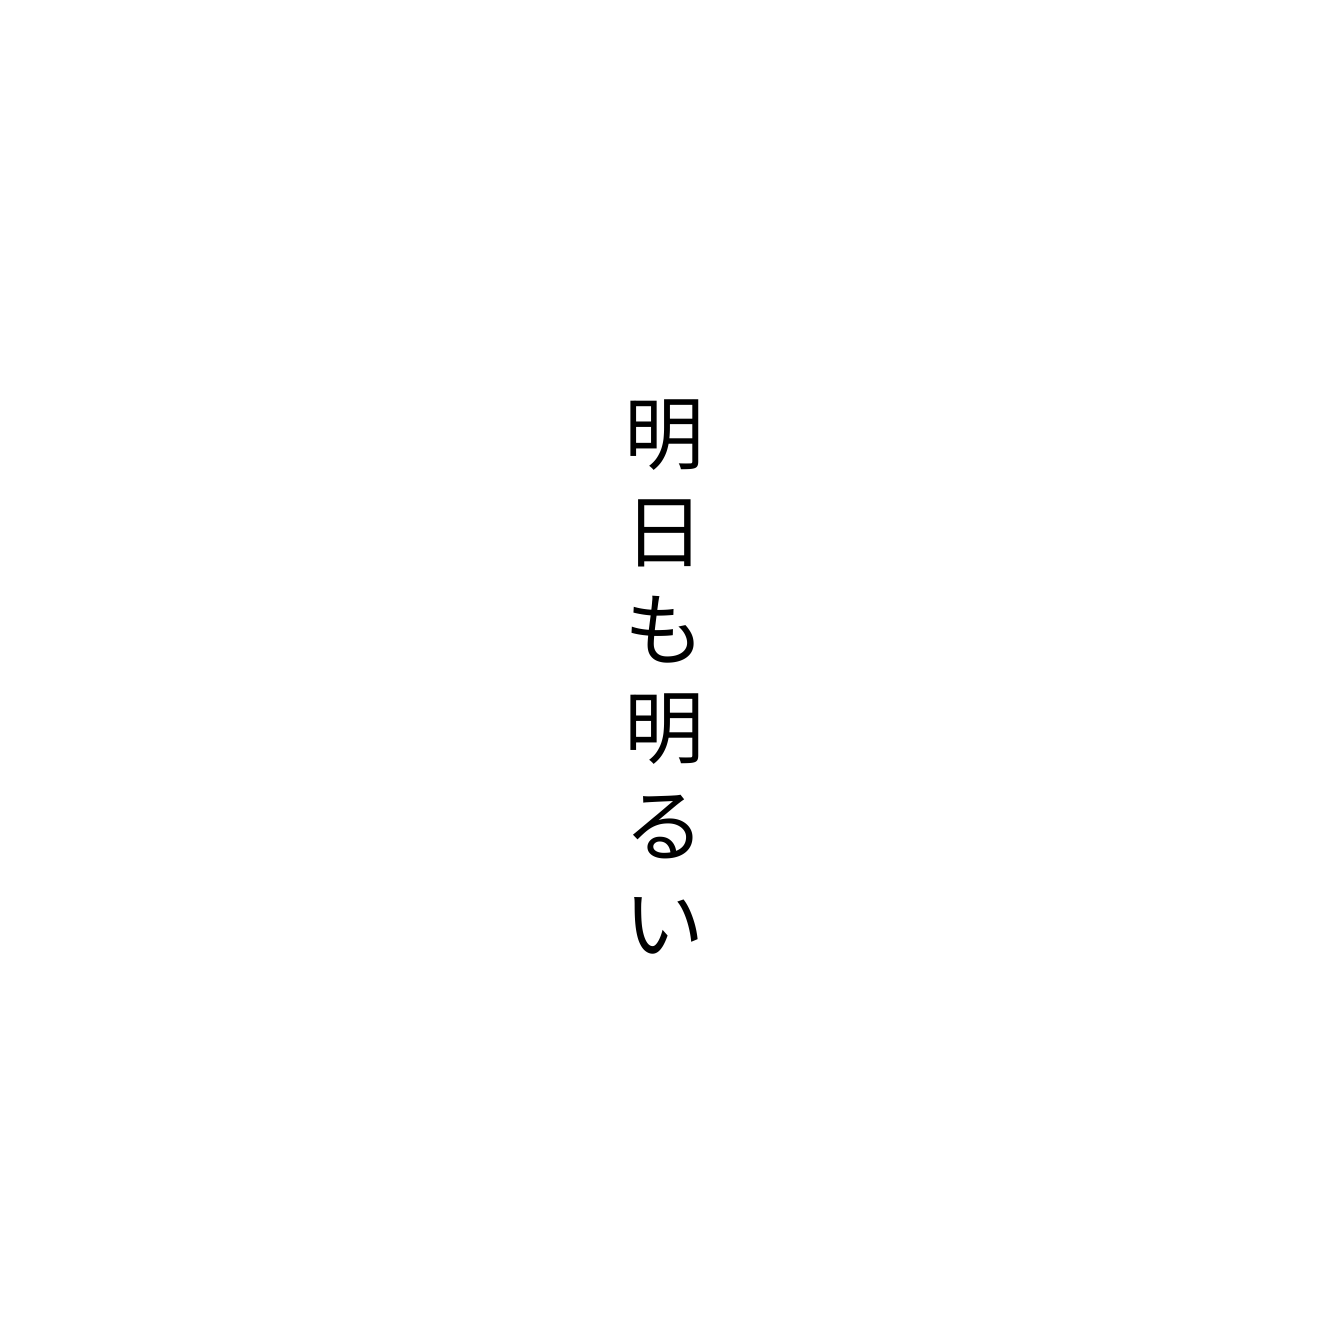
明日も明るい